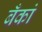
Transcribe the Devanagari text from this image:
बँकां